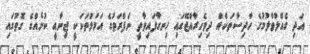
އަދި ގެއްލުވާލުމުގެ ހާދިސާތަކެއް ދިވެހިރާއްޖޭގައި ހިނގާފައިވާތީ ނަފްރަތުގެ އަމަލުތަކަކީ ޖިނާއީ ކުށެއްގެ ގޮތުގައި